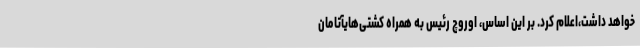
خواهد داشت،اعلام کرد. بر این اساس، اوروچ رئیس به همراه کشتی‌هایآتامان